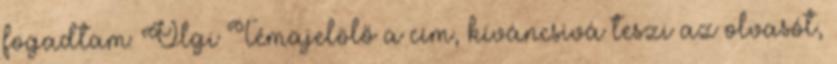
fogadtam: Olgi Témajelölő a cím, kíváncsivá teszi az olvasót,